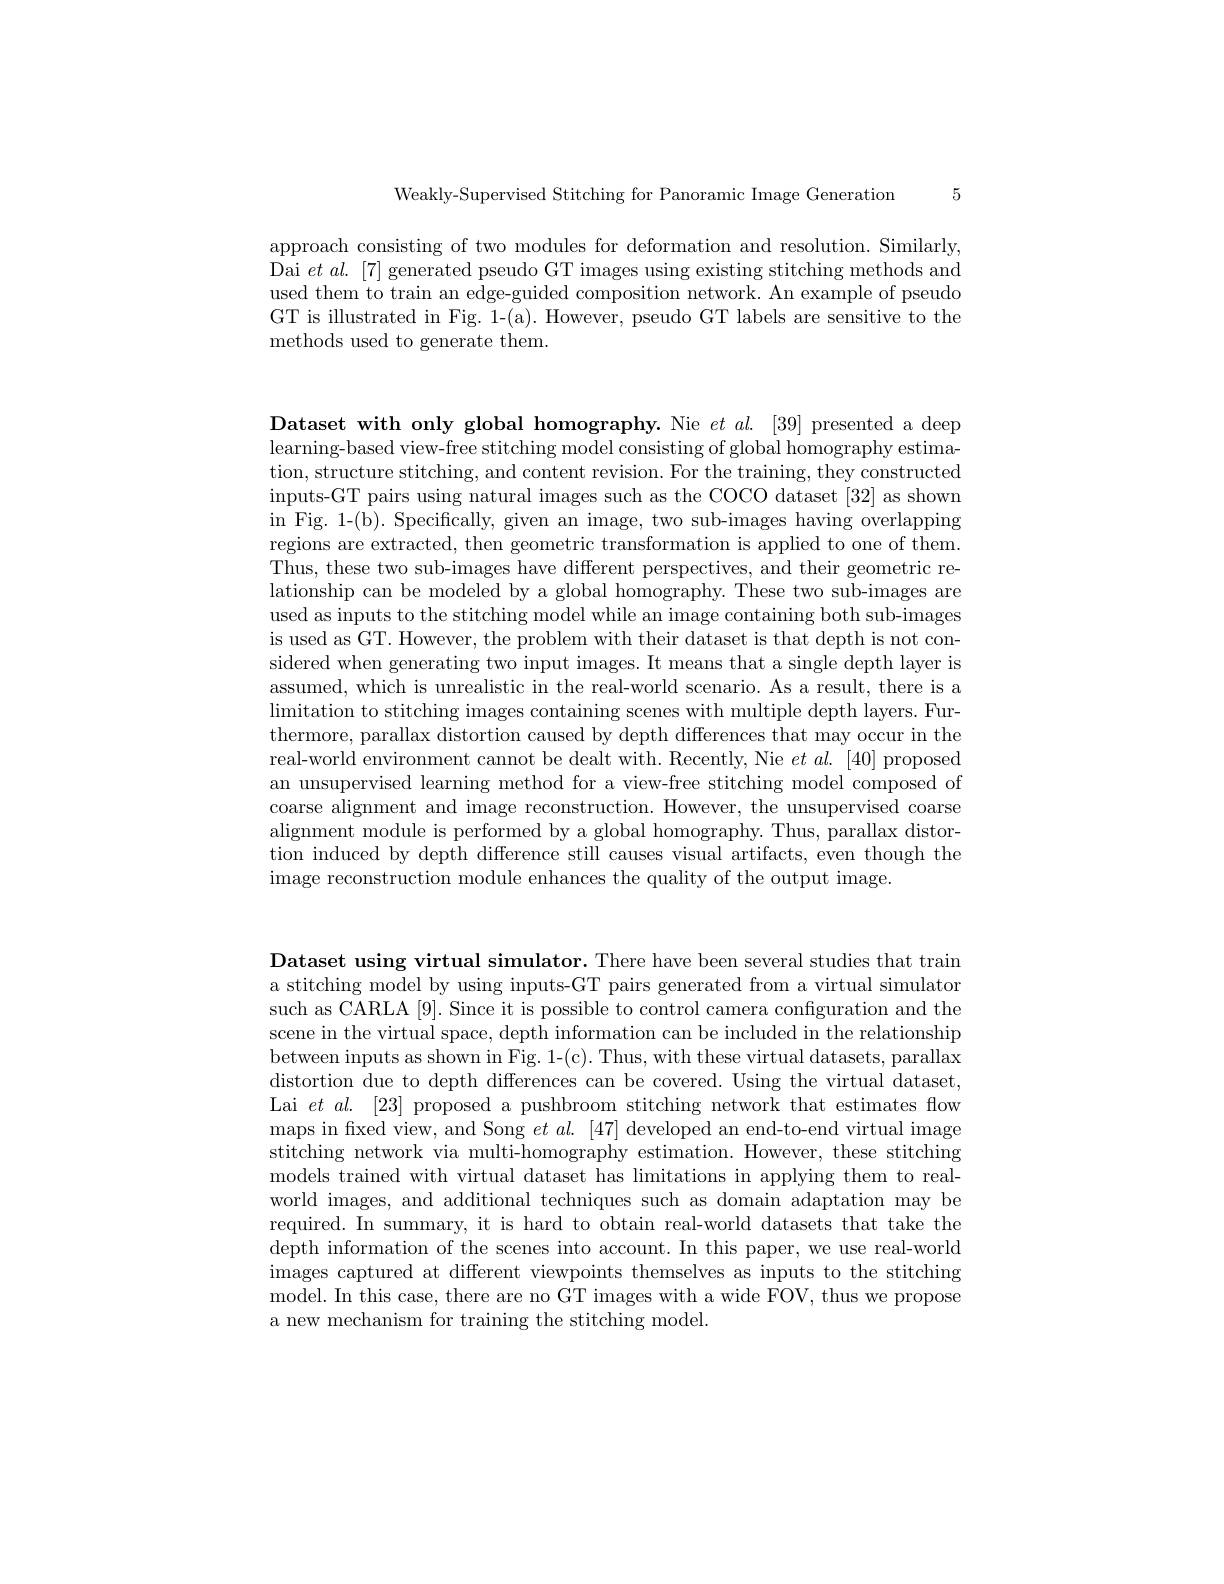
Weakly-Supervised Stitching for Panoramic Image Generation 5

approach consisting of two modules for deformation and resolution. Similarly, Dai $etal.[7]$ generated pseudo GT images using existing stitching methods and used them to train an edge-guided composition network. An example of pseudo GT is illustrated in Fig. 1-(a). However, pseudo GT labels are sensitive to the methods used to generate them.

Dataset with only global homography. Nie $et\textit{al. }[ 39]$ presented a deep learning-based view-free stitching model consisting of global homography estimation, structure stitching, and content revision. For the training, they constructed inputs-GT pairs using natural images such as the COCO dataset [32] as shown in Fig. 1-(b). Specifically, given an image, two sub-images having overlapping regions are extracted, then geometric transformation is applied to one of them Thus, these two sub-images have different perspectives, and their geometric relationship can be modeled by a global homography. These two sub-images are used as inputs to the stitching model while an image containing both sub-images is used as GT. However, the problem with their dataset is that depth is not considered when generating two input images. It means that a single depth layer is assumed, which is unrealistic in the real-world scenario. As a result, there is a limitation to stitching images containing scenes with multiple depth layers. Furthermore, parallax distortion caused by depth differences that may occur in the real-world environment cannot be dealt with. Recently, Nie $et$ $al.$ [40] proposed an unsupervised learning method for a view-free stitching model composed of coarse alignment and image reconstruction. However, the unsupervised coarse alignment module is performed by a global homography. Thus, parallax distortion induced by depth difference still causes visual artifacts, even though the image reconstruction module enhances the quality of the output image.

Dataset using virtual simulator. There have been several studies that train a stitching model by using inputs-GT pairs generated from a virtual simulator such as CARLA [9]. Since it is possible to control camera configuration and the scene in the virtual space, depth information can be included in the relationship between inputs as shown in Fig. 1-(c). Thus, with these virtual datasets, parallax distortion due to depth differences can be covered. Using the virtual dataset, Lai $et$ al.[23] proposed a pushbroom stitching network that estimates flow maps in fxed view, and Song $et\textit{al. [ 47] developed an end- to- end virtual image}$ stitching network via multi-homography estimation. However, these stitching models trained with virtual dataset has limitations in applying them to realworld images, and additional techniques such as domain adaptation may be required. In summary, it is hard to obtain real-world datasets that take the depth information of the scenes into account. In this paper, we use real-world images captured at different viewpoints themselves as inputs to the stitching model. In this case, there are no GT images with a wide FOV, thus we propose a new mechanism for training the stitching model.